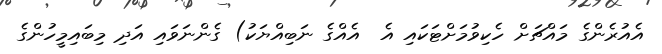
އެއުރެންގެ މައްޗަށް ހެކިވުމަށްޓަކައި އެ  އެއްގެ ނަބިއްޔަކު) ގެންނަވައި އަދި މިބައިމީހުންގެ